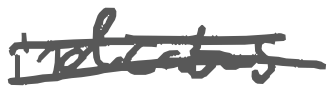
Text: indicates
Cross-out: double-line
Writing tool: digital_gray